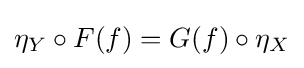
\eta _{Y}\circ F(f)=G(f)\circ \eta _{X}